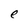
Character: e